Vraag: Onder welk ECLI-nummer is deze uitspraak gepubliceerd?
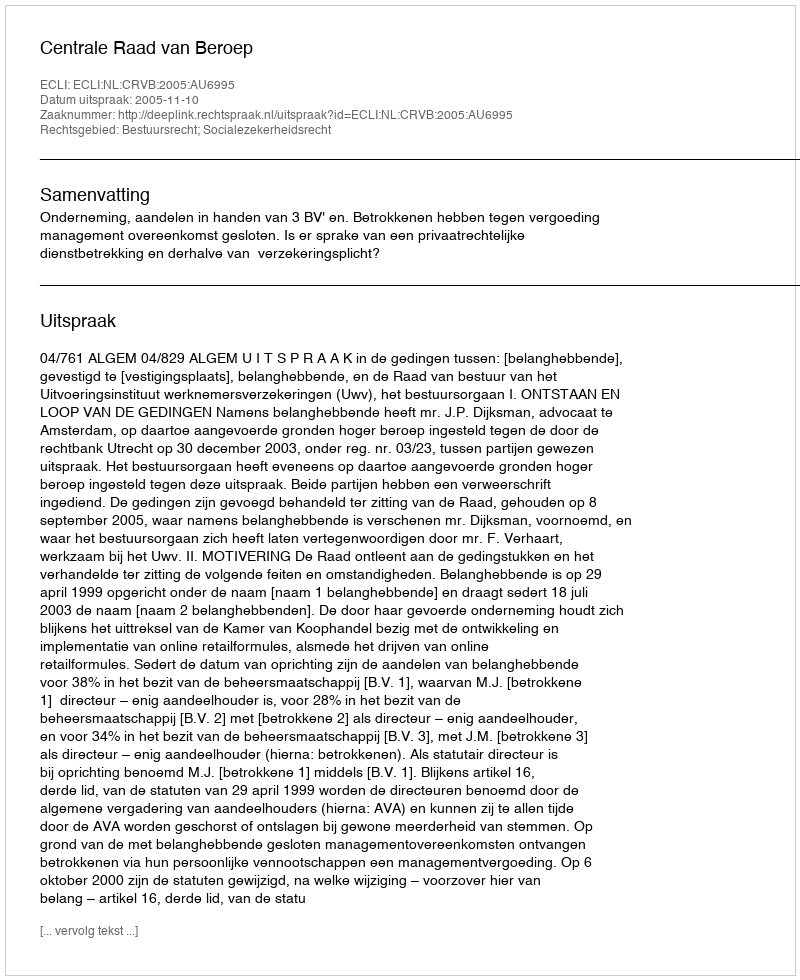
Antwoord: ECLI:NL:CRVB:2005:AU6995